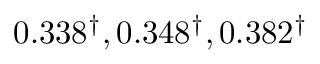
0 . 3 3 8 ^ { \dagger } , 0 . 3 4 8 ^ { \dagger } , 0 . 3 8 2 ^ { \dagger }